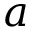
a